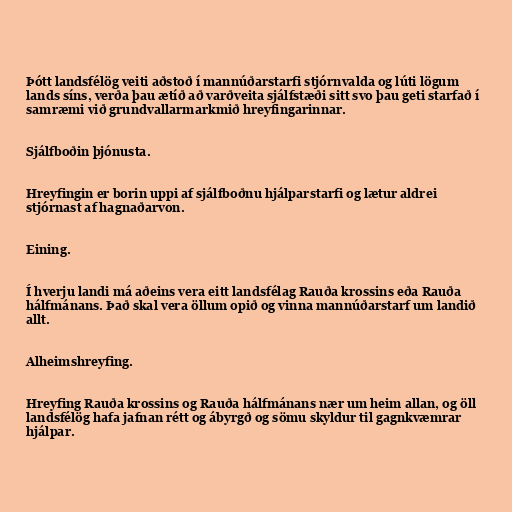
Þótt landsfélög veiti aðstoð í mannúðarstarfi stjórnvalda og lúti lögum
lands síns, verða þau ætíð að varðveita sjálfstæði sitt svo þau geti starfað í
samræmi við grundvallarmarkmið hreyfingarinnar.

Sjálfboðin þjónusta.

Hreyfingin er borin uppi af sjálfboðnu hjálparstarfi og lætur aldrei
stjórnast af hagnaðarvon.

Eining.

Í hverju landi má aðeins vera eitt landsfélag Rauða krossins eða Rauða
hálfmánans. Það skal vera öllum opið og vinna mannúðarstarf um landið
allt.

Alheimshreyfing.

Hreyfing Rauða krossins og Rauða hálfmánans nær um heim allan, og öll
landsfélög hafa jafnan rétt og ábyrgð og sömu skyldur til gagnkvæmrar
hjálpar.